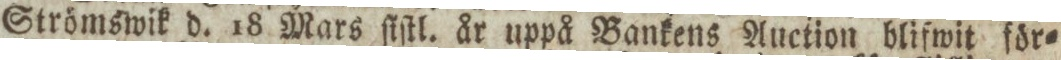
Strömswik d. 18 Mars ſiſtl. år uppå Bankens Auction blifwit för=